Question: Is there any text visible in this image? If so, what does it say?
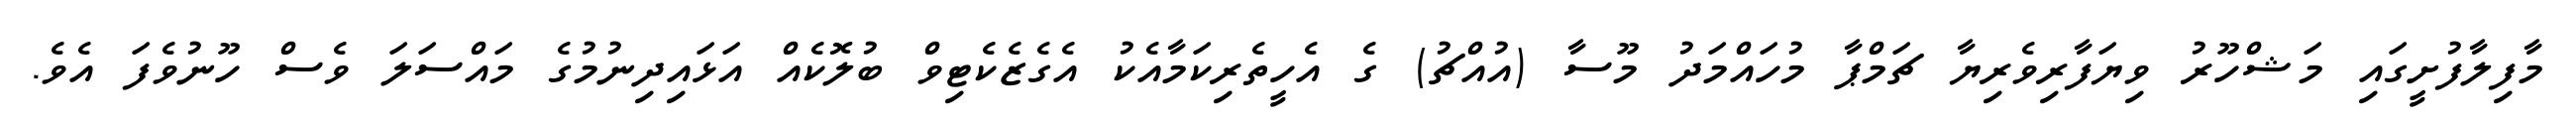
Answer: މާފިލާފުށީގައި މަޝްހޫރު ވިޔަފާރިވެރިޔާ ޗަމްޕާ މުހައްމަދު މޫސާ (އުއްޗު) ގެ އެހީތެރިކަމާއެކު އެގެޒެކެޓިވް ބުލޮކެއް އަޅައިދިނުމުގެ މައްސަލަ ވެސް ހޫނުވެފަ އެވެ.